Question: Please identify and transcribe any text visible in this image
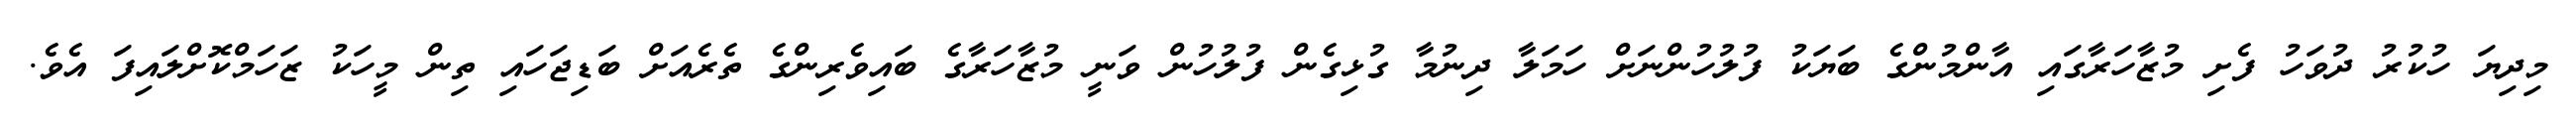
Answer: މިދިޔަ ހުކުރު ދުވަހު ފެށި މުޒާހަރާގައި އާންމުންގެ ބަޔަކު ފުލުހުންނަށް ހަމަލާ ދިނުމާ ގުޅިގެން ފުލުހުން ވަނީ މުޒާހަރާގެ ބައިވެރިންގެ ތެރެއަށް ބަޑިޖަހައި ތިން މީހަކު ޒަހަމްކޮށްލައިފަ އެވެ.